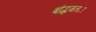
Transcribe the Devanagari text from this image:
बौद्धमतात